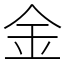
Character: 金